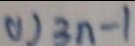
( 1 ) 3 n - 1